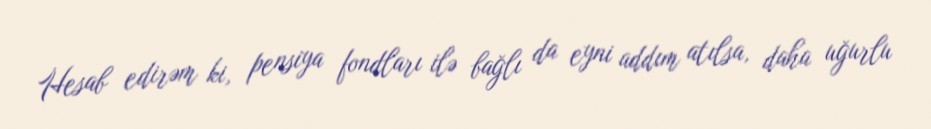
Hesab edirəm ki, pensiya fondları ilə bağlı da eyni addım atılsa, daha uğurlu